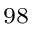
^ { 9 8 }